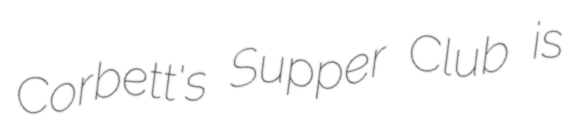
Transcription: Corbett's Supper Club is